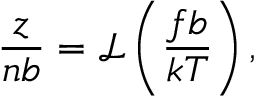
\frac { z } { n b } = \mathcal { L } \left( \frac { f b } { k T } \right) ,